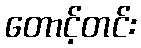
တောင့်တင်း